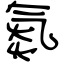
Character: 氮